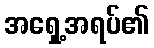
အရှေ့အရပ်၏